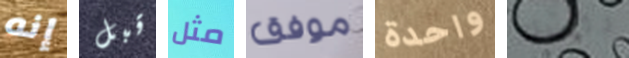
إنه قبل مثل موفق واحدة رئيسك